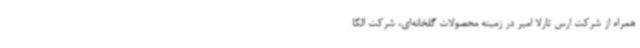
همراه از شرکت ارس تارلا امیر در زمینه محصولات گلخانه‌ای، شرکت الکا